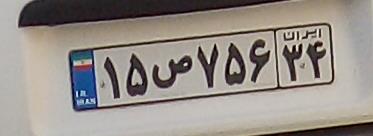
۱۵ص۷۵۶۳۴